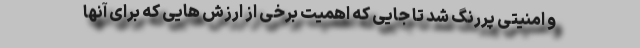
و امنیتی پررنگ شد تا جایی که اهمیت برخی از ارزش هایی که برای آنها